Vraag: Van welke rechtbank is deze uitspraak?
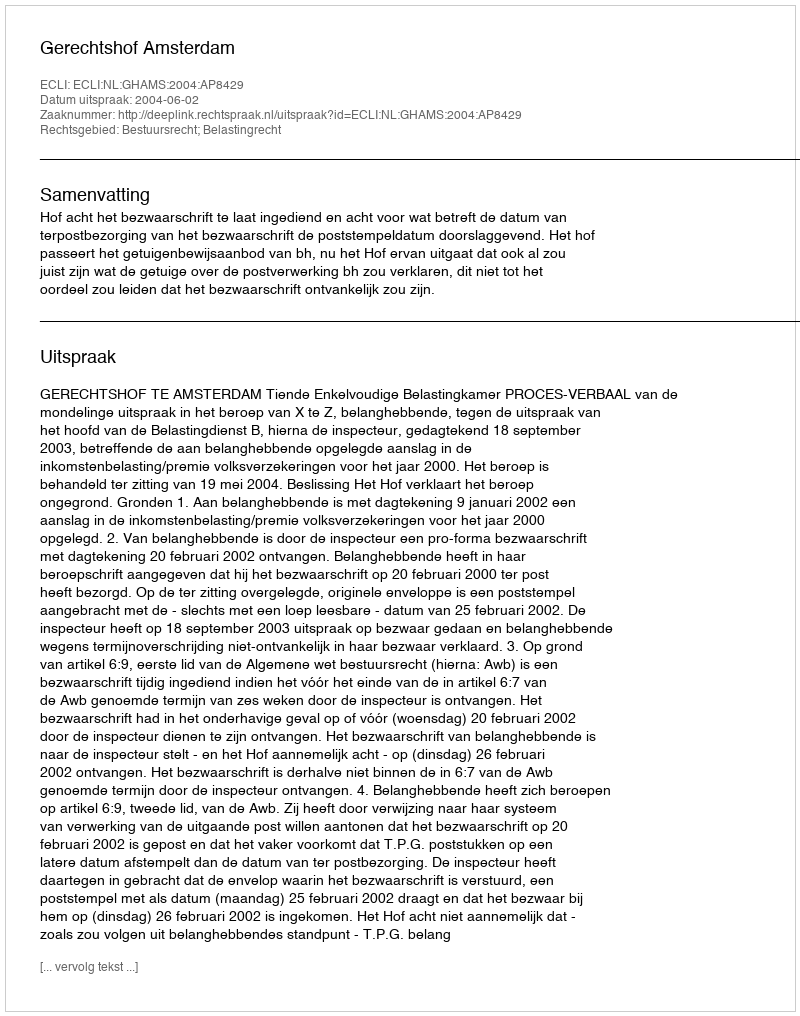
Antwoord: Gerechtshof Amsterdam